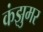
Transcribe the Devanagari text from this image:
कंझुमर